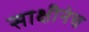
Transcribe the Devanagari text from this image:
साक्षीनेच